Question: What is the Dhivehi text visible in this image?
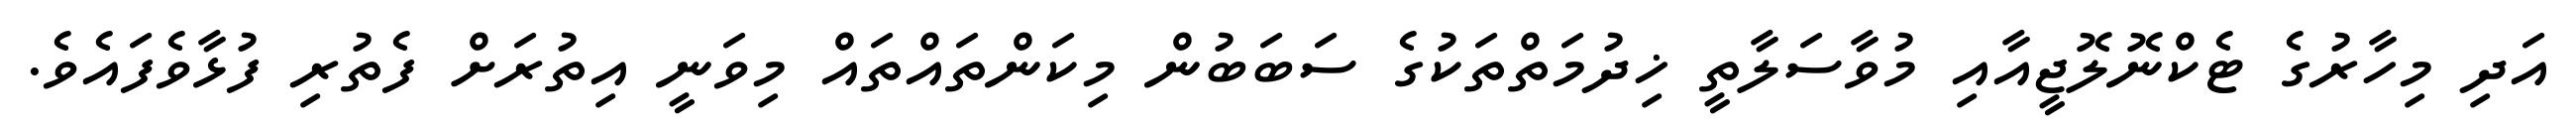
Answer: އަދި މިހާރުގެ ޓެކްނޮލޮޖީއާއި މުވާސަލާތީ ޚިދުމަތްތަކުގެ ސަބަބުން މިކަންތައްތައް މިވަނީ އިތުރަށް ފެތުރި ފުޅާވެފައެވެ.